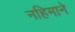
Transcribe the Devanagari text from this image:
नहिमाने